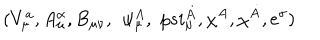
( V _ { \mu } ^ { a } , A _ { \mu } ^ { \alpha } , B _ { \mu \nu } , \, \ \psi _ { \mu } ^ { A } , \, \, p s i _ { \mu } ^ { \dot { A } } , \chi ^ { A } , \chi ^ { \dot { A } } , e ^ { \sigma } )